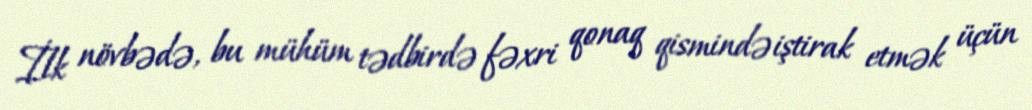
İlk növbədə, bu mühüm tədbirdə fəxri qonaq qismində iştirak etmək üçün